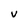
Character: V